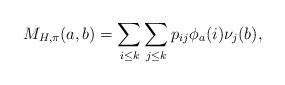
LaTeX: \begin{align*}M_{H,\pi}(a,b) = \sum_{i \leq k} \sum_{j \leq k} p_{ij} \phi_a(i) \nu_j(b),\end{align*}